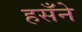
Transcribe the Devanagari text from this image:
हसँने